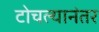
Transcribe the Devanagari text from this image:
टोचल्यानंतर